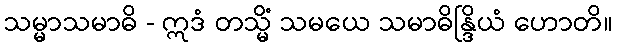
သမ္မာသမာဓိ - ဣဒံ တသ္မိံ သမယေ သမာဓိန္ဒြိယံ ဟောတိ။